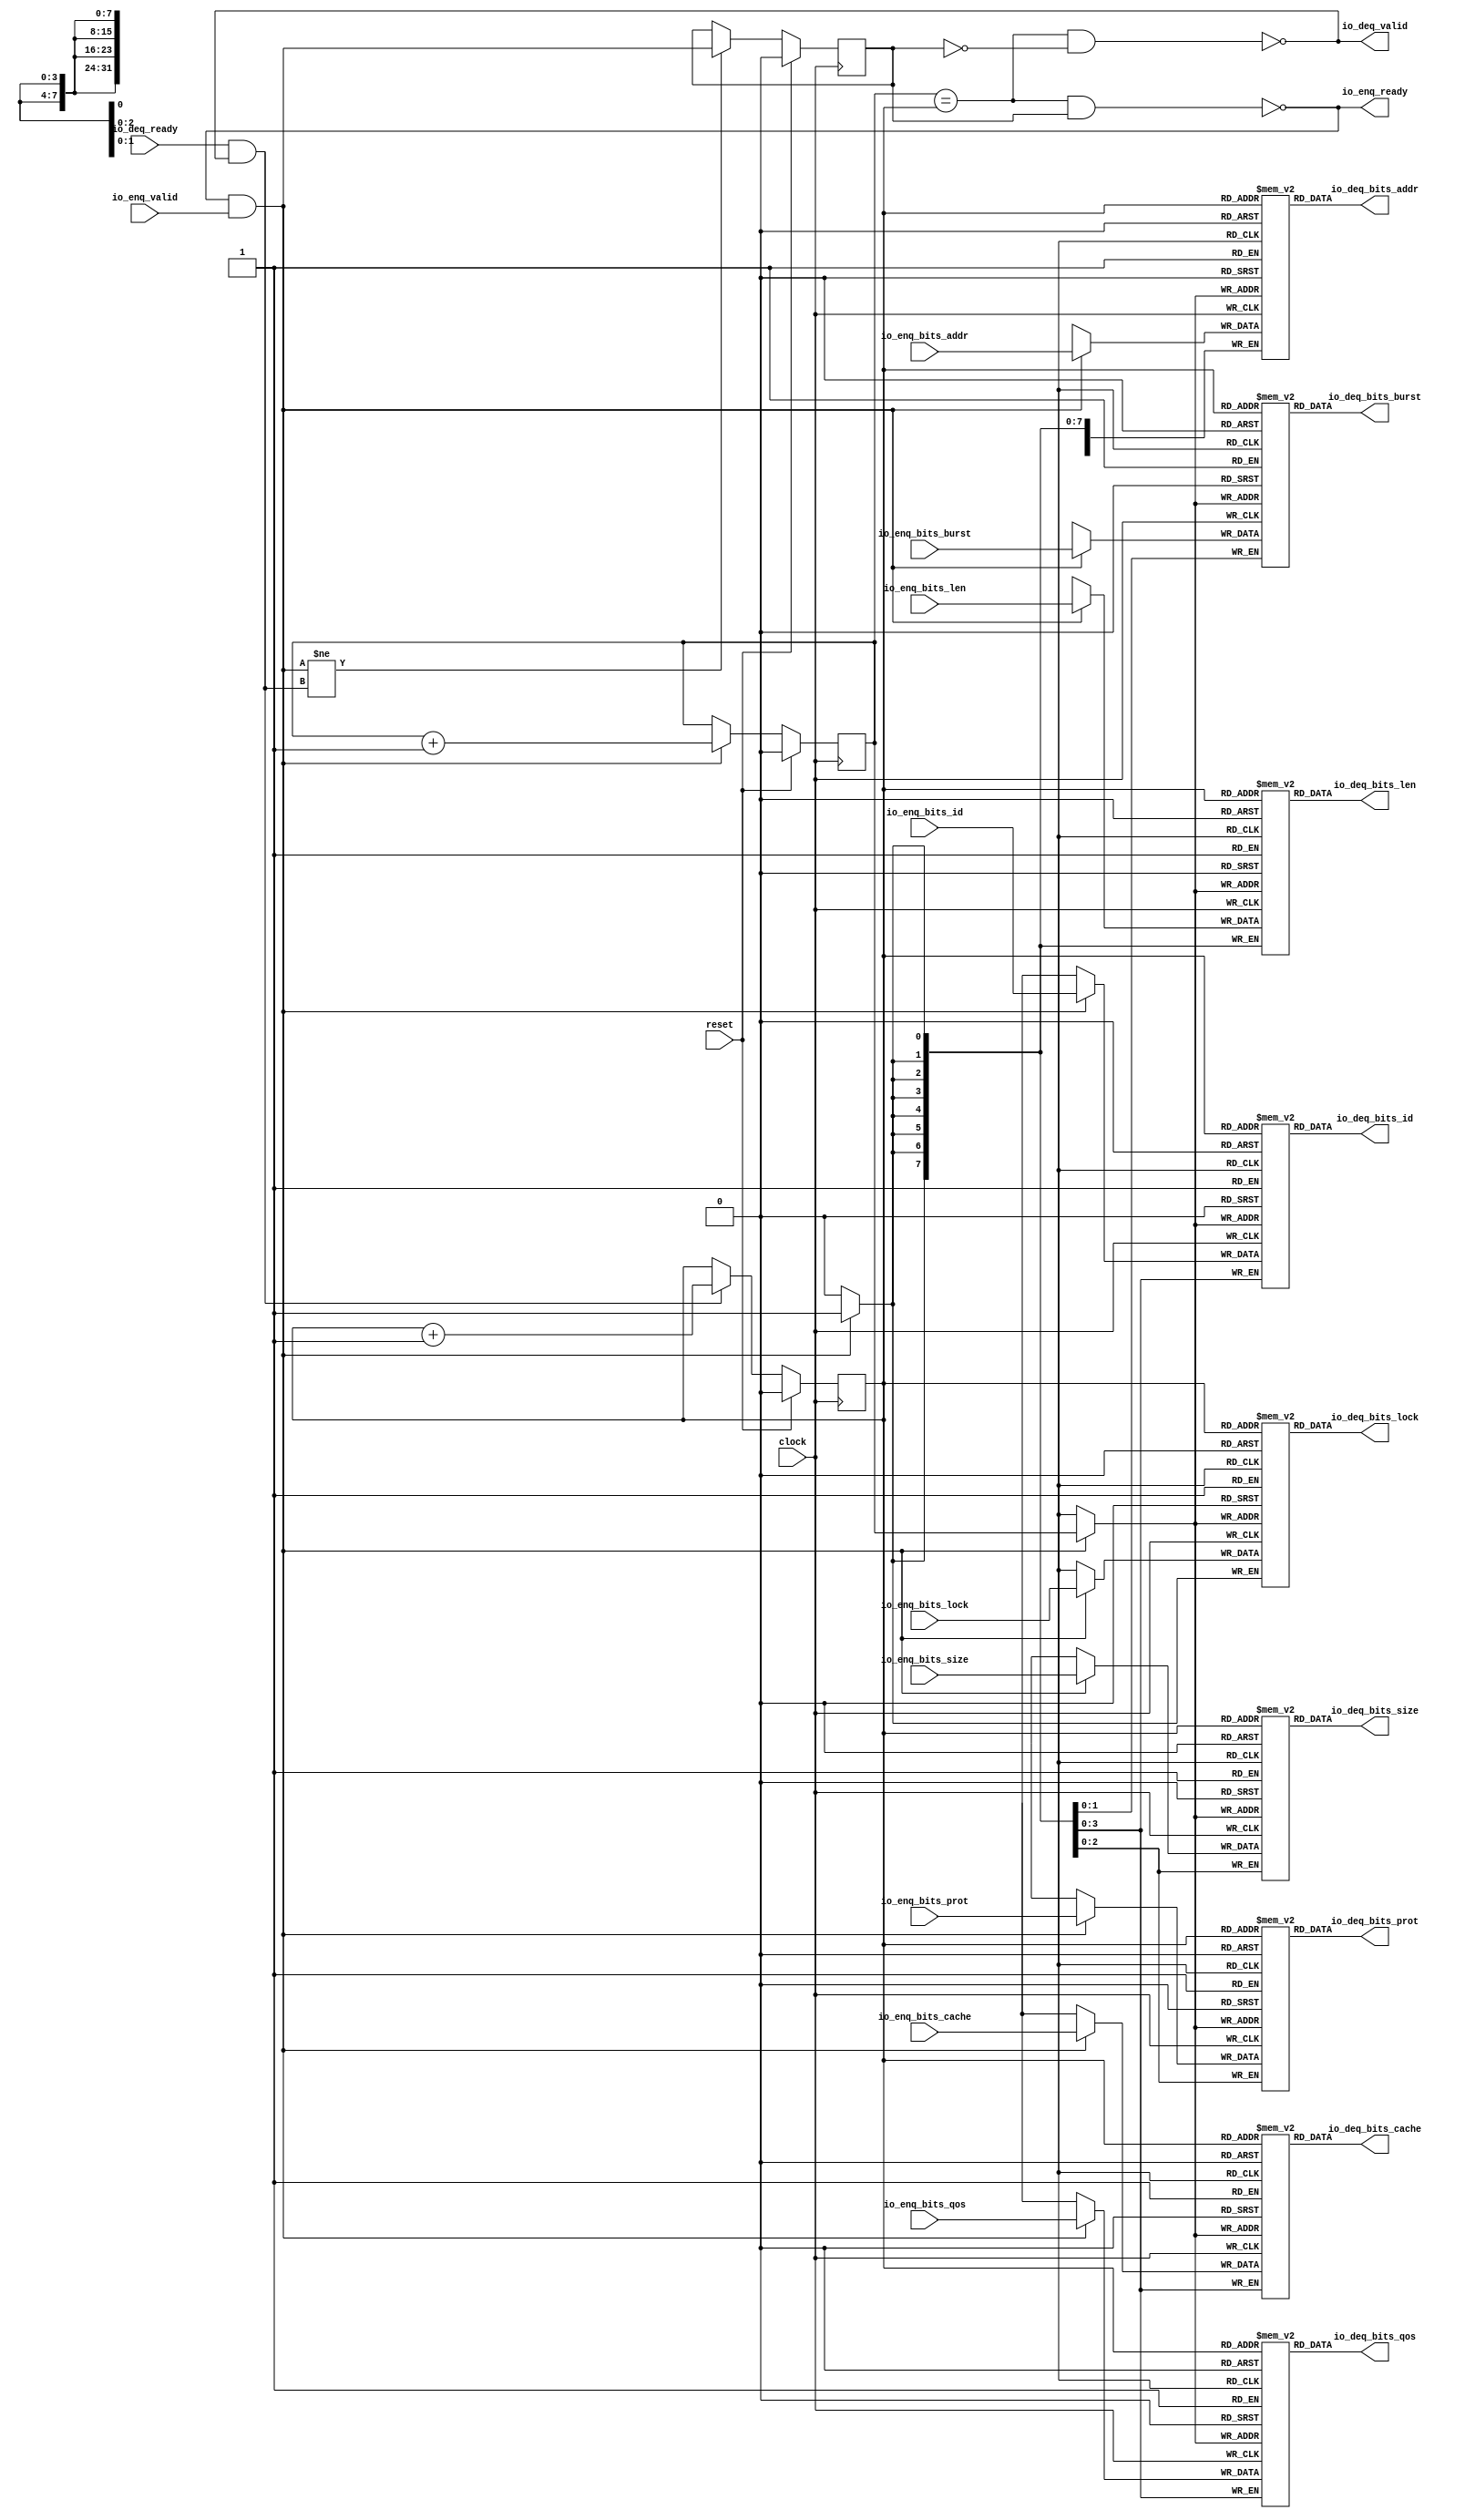
// Copyright (c) 2017, Microsemi Corporation
// All rights reserved.
//
// Redistribution and use in source and binary forms, with or without
// modification, are permitted provided that the following conditions are met:
//     * Redistributions of source code must retain the above copyright
//       notice, this list of conditions and the following disclaimer.
//     * Redistributions in binary form must reproduce the above copyright
//       notice, this list of conditions and the following disclaimer in the
//       documentation and/or other materials provided with the distribution.
//     * Neither the name of the <organization> nor the
//       names of its contributors may be used to endorse or promote products
//       derived from this software without specific prior written permission.
//
// THIS SOFTWARE IS PROVIDED BY THE COPYRIGHT HOLDERS AND CONTRIBUTORS "AS IS" AND
// ANY EXPRESS OR IMPLIED WARRANTIES, INCLUDING, BUT NOT LIMITED TO, THE IMPLIED
// WARRANTIES OF MERCHANTABILITY AND FITNESS FOR A PARTICULAR PURPOSE ARE
// DISCLAIMED. IN NO EVENT SHALL MICROSEMI CORPORATIONM BE LIABLE FOR ANY
// DIRECT, INDIRECT, INCIDENTAL, SPECIAL, EXEMPLARY, OR CONSEQUENTIAL DAMAGES
// (INCLUDING, BUT NOT LIMITED TO, PROCUREMENT OF SUBSTITUTE GOODS OR SERVICES;
// LOSS OF USE, DATA, OR PROFITS; OR BUSINESS INTERRUPTION) HOWEVER CAUSED AND
// ON ANY THEORY OF LIABILITY, WHETHER IN CONTRACT, STRICT LIABILITY, OR TORT
// (INCLUDING NEGLIGENCE OR OTHERWISE) ARISING IN ANY WAY OUT OF THE USE OF THIS
// SOFTWARE, EVEN IF ADVISED OF THE POSSIBILITY OF SUCH DAMAGE.
//
// APACHE LICENSE
// Copyright (c) 2017, Microsemi Corporation 
//
// Licensed under the Apache License, Version 2.0 (the "License");
// you may not use this file except in compliance with the License.
// You may obtain a copy of the License at
//
//    http://www.apache.org/licenses/LICENSE-2.0
//
// Unless required by applicable law or agreed to in writing, software
// distributed under the License is distributed on an "AS IS" BASIS,
// WITHOUT WARRANTIES OR CONDITIONS OF ANY KIND, either express or implied.
// See the License for the specific language governing permissions and
// limitations under the License.
//
// Description:
//
// SVN Revision Information:
// SVN $Revision: $
// SVN $Date: $
//
// Resolved SARs
// SAR      Date     Who   Description
//
// Notes:
//
// ****************************************************************************/
`ifndef RANDOMIZE_REG_INIT 
	 `define RANDOMIZE_REG_INIT 
 `endif
`ifndef RANDOMIZE_MEM_INIT 
	 `define RANDOMIZE_MEM_INIT 
 `endif
`ifndef RANDOMIZE 
	 `define RANDOMIZE 
`endif

`timescale 1ns/10ps
module MiV_AXI_MiV_AXI_0_MIV_RV32IMA_L1_AXI_QUEUE_28( // @[:freechips.rocketchip.system.MivRV32ImaL1AhbConfig.fir@113554.2]
  input         clock, // @[:freechips.rocketchip.system.MivRV32ImaL1AhbConfig.fir@113555.4]
  input         reset, // @[:freechips.rocketchip.system.MivRV32ImaL1AhbConfig.fir@113556.4]
  output        io_enq_ready, // @[:freechips.rocketchip.system.MivRV32ImaL1AhbConfig.fir@113557.4]
  input         io_enq_valid, // @[:freechips.rocketchip.system.MivRV32ImaL1AhbConfig.fir@113557.4]
  input  [3:0]  io_enq_bits_id, // @[:freechips.rocketchip.system.MivRV32ImaL1AhbConfig.fir@113557.4]
  input  [31:0] io_enq_bits_addr, // @[:freechips.rocketchip.system.MivRV32ImaL1AhbConfig.fir@113557.4]
  input  [7:0]  io_enq_bits_len, // @[:freechips.rocketchip.system.MivRV32ImaL1AhbConfig.fir@113557.4]
  input  [2:0]  io_enq_bits_size, // @[:freechips.rocketchip.system.MivRV32ImaL1AhbConfig.fir@113557.4]
  input  [1:0]  io_enq_bits_burst, // @[:freechips.rocketchip.system.MivRV32ImaL1AhbConfig.fir@113557.4]
  input         io_enq_bits_lock, // @[:freechips.rocketchip.system.MivRV32ImaL1AhbConfig.fir@113557.4]
  input  [3:0]  io_enq_bits_cache, // @[:freechips.rocketchip.system.MivRV32ImaL1AhbConfig.fir@113557.4]
  input  [2:0]  io_enq_bits_prot, // @[:freechips.rocketchip.system.MivRV32ImaL1AhbConfig.fir@113557.4]
  input  [3:0]  io_enq_bits_qos, // @[:freechips.rocketchip.system.MivRV32ImaL1AhbConfig.fir@113557.4]
  input         io_deq_ready, // @[:freechips.rocketchip.system.MivRV32ImaL1AhbConfig.fir@113557.4]
  output        io_deq_valid, // @[:freechips.rocketchip.system.MivRV32ImaL1AhbConfig.fir@113557.4]
  output [3:0]  io_deq_bits_id, // @[:freechips.rocketchip.system.MivRV32ImaL1AhbConfig.fir@113557.4]
  output [31:0] io_deq_bits_addr, // @[:freechips.rocketchip.system.MivRV32ImaL1AhbConfig.fir@113557.4]
  output [7:0]  io_deq_bits_len, // @[:freechips.rocketchip.system.MivRV32ImaL1AhbConfig.fir@113557.4]
  output [2:0]  io_deq_bits_size, // @[:freechips.rocketchip.system.MivRV32ImaL1AhbConfig.fir@113557.4]
  output [1:0]  io_deq_bits_burst, // @[:freechips.rocketchip.system.MivRV32ImaL1AhbConfig.fir@113557.4]
  output        io_deq_bits_lock, // @[:freechips.rocketchip.system.MivRV32ImaL1AhbConfig.fir@113557.4]
  output [3:0]  io_deq_bits_cache, // @[:freechips.rocketchip.system.MivRV32ImaL1AhbConfig.fir@113557.4]
  output [2:0]  io_deq_bits_prot, // @[:freechips.rocketchip.system.MivRV32ImaL1AhbConfig.fir@113557.4]
  output [3:0]  io_deq_bits_qos // @[:freechips.rocketchip.system.MivRV32ImaL1AhbConfig.fir@113557.4]
);
  reg [3:0] ram_id [0:1] /* synthesis syn_ramstyle = "registers" */; // @[Decoupled.scala 211:24:freechips.rocketchip.system.MivRV32ImaL1AhbConfig.fir@113559.4]
  reg [31:0] _RAND_0;
  wire [3:0] ram_id__T_50_data; // @[Decoupled.scala 211:24:freechips.rocketchip.system.MivRV32ImaL1AhbConfig.fir@113559.4]
  wire  ram_id__T_50_addr; // @[Decoupled.scala 211:24:freechips.rocketchip.system.MivRV32ImaL1AhbConfig.fir@113559.4]
  wire [3:0] ram_id__T_36_data; // @[Decoupled.scala 211:24:freechips.rocketchip.system.MivRV32ImaL1AhbConfig.fir@113559.4]
  wire  ram_id__T_36_addr; // @[Decoupled.scala 211:24:freechips.rocketchip.system.MivRV32ImaL1AhbConfig.fir@113559.4]
  wire  ram_id__T_36_mask; // @[Decoupled.scala 211:24:freechips.rocketchip.system.MivRV32ImaL1AhbConfig.fir@113559.4]
  wire  ram_id__T_36_en; // @[Decoupled.scala 211:24:freechips.rocketchip.system.MivRV32ImaL1AhbConfig.fir@113559.4]
  reg [31:0] ram_addr [0:1] /* synthesis syn_ramstyle = "registers" */; // @[Decoupled.scala 211:24:freechips.rocketchip.system.MivRV32ImaL1AhbConfig.fir@113559.4]
  reg [31:0] _RAND_1;
  wire [31:0] ram_addr__T_50_data; // @[Decoupled.scala 211:24:freechips.rocketchip.system.MivRV32ImaL1AhbConfig.fir@113559.4]
  wire  ram_addr__T_50_addr; // @[Decoupled.scala 211:24:freechips.rocketchip.system.MivRV32ImaL1AhbConfig.fir@113559.4]
  wire [31:0] ram_addr__T_36_data; // @[Decoupled.scala 211:24:freechips.rocketchip.system.MivRV32ImaL1AhbConfig.fir@113559.4]
  wire  ram_addr__T_36_addr; // @[Decoupled.scala 211:24:freechips.rocketchip.system.MivRV32ImaL1AhbConfig.fir@113559.4]
  wire  ram_addr__T_36_mask; // @[Decoupled.scala 211:24:freechips.rocketchip.system.MivRV32ImaL1AhbConfig.fir@113559.4]
  wire  ram_addr__T_36_en; // @[Decoupled.scala 211:24:freechips.rocketchip.system.MivRV32ImaL1AhbConfig.fir@113559.4]
  reg [7:0] ram_len [0:1] /* synthesis syn_ramstyle = "registers" */; // @[Decoupled.scala 211:24:freechips.rocketchip.system.MivRV32ImaL1AhbConfig.fir@113559.4]
  reg [31:0] _RAND_2;
  wire [7:0] ram_len__T_50_data; // @[Decoupled.scala 211:24:freechips.rocketchip.system.MivRV32ImaL1AhbConfig.fir@113559.4]
  wire  ram_len__T_50_addr; // @[Decoupled.scala 211:24:freechips.rocketchip.system.MivRV32ImaL1AhbConfig.fir@113559.4]
  wire [7:0] ram_len__T_36_data; // @[Decoupled.scala 211:24:freechips.rocketchip.system.MivRV32ImaL1AhbConfig.fir@113559.4]
  wire  ram_len__T_36_addr; // @[Decoupled.scala 211:24:freechips.rocketchip.system.MivRV32ImaL1AhbConfig.fir@113559.4]
  wire  ram_len__T_36_mask; // @[Decoupled.scala 211:24:freechips.rocketchip.system.MivRV32ImaL1AhbConfig.fir@113559.4]
  wire  ram_len__T_36_en; // @[Decoupled.scala 211:24:freechips.rocketchip.system.MivRV32ImaL1AhbConfig.fir@113559.4]
  reg [2:0] ram_size [0:1] /* synthesis syn_ramstyle = "registers" */; // @[Decoupled.scala 211:24:freechips.rocketchip.system.MivRV32ImaL1AhbConfig.fir@113559.4]
  reg [31:0] _RAND_3;
  wire [2:0] ram_size__T_50_data; // @[Decoupled.scala 211:24:freechips.rocketchip.system.MivRV32ImaL1AhbConfig.fir@113559.4]
  wire  ram_size__T_50_addr; // @[Decoupled.scala 211:24:freechips.rocketchip.system.MivRV32ImaL1AhbConfig.fir@113559.4]
  wire [2:0] ram_size__T_36_data; // @[Decoupled.scala 211:24:freechips.rocketchip.system.MivRV32ImaL1AhbConfig.fir@113559.4]
  wire  ram_size__T_36_addr; // @[Decoupled.scala 211:24:freechips.rocketchip.system.MivRV32ImaL1AhbConfig.fir@113559.4]
  wire  ram_size__T_36_mask; // @[Decoupled.scala 211:24:freechips.rocketchip.system.MivRV32ImaL1AhbConfig.fir@113559.4]
  wire  ram_size__T_36_en; // @[Decoupled.scala 211:24:freechips.rocketchip.system.MivRV32ImaL1AhbConfig.fir@113559.4]
  reg [1:0] ram_burst [0:1] /* synthesis syn_ramstyle = "registers" */; // @[Decoupled.scala 211:24:freechips.rocketchip.system.MivRV32ImaL1AhbConfig.fir@113559.4]
  reg [31:0] _RAND_4;
  wire [1:0] ram_burst__T_50_data; // @[Decoupled.scala 211:24:freechips.rocketchip.system.MivRV32ImaL1AhbConfig.fir@113559.4]
  wire  ram_burst__T_50_addr; // @[Decoupled.scala 211:24:freechips.rocketchip.system.MivRV32ImaL1AhbConfig.fir@113559.4]
  wire [1:0] ram_burst__T_36_data; // @[Decoupled.scala 211:24:freechips.rocketchip.system.MivRV32ImaL1AhbConfig.fir@113559.4]
  wire  ram_burst__T_36_addr; // @[Decoupled.scala 211:24:freechips.rocketchip.system.MivRV32ImaL1AhbConfig.fir@113559.4]
  wire  ram_burst__T_36_mask; // @[Decoupled.scala 211:24:freechips.rocketchip.system.MivRV32ImaL1AhbConfig.fir@113559.4]
  wire  ram_burst__T_36_en; // @[Decoupled.scala 211:24:freechips.rocketchip.system.MivRV32ImaL1AhbConfig.fir@113559.4]
  reg  ram_lock [0:1]; // @[Decoupled.scala 211:24:freechips.rocketchip.system.MivRV32ImaL1AhbConfig.fir@113559.4]
  reg [31:0] _RAND_5;
  wire  ram_lock__T_50_data; // @[Decoupled.scala 211:24:freechips.rocketchip.system.MivRV32ImaL1AhbConfig.fir@113559.4]
  wire  ram_lock__T_50_addr; // @[Decoupled.scala 211:24:freechips.rocketchip.system.MivRV32ImaL1AhbConfig.fir@113559.4]
  wire  ram_lock__T_36_data; // @[Decoupled.scala 211:24:freechips.rocketchip.system.MivRV32ImaL1AhbConfig.fir@113559.4]
  wire  ram_lock__T_36_addr; // @[Decoupled.scala 211:24:freechips.rocketchip.system.MivRV32ImaL1AhbConfig.fir@113559.4]
  wire  ram_lock__T_36_mask; // @[Decoupled.scala 211:24:freechips.rocketchip.system.MivRV32ImaL1AhbConfig.fir@113559.4]
  wire  ram_lock__T_36_en; // @[Decoupled.scala 211:24:freechips.rocketchip.system.MivRV32ImaL1AhbConfig.fir@113559.4]
  reg [3:0] ram_cache [0:1] /* synthesis syn_ramstyle = "registers" */; // @[Decoupled.scala 211:24:freechips.rocketchip.system.MivRV32ImaL1AhbConfig.fir@113559.4]
  reg [31:0] _RAND_6;
  wire [3:0] ram_cache__T_50_data; // @[Decoupled.scala 211:24:freechips.rocketchip.system.MivRV32ImaL1AhbConfig.fir@113559.4]
  wire  ram_cache__T_50_addr; // @[Decoupled.scala 211:24:freechips.rocketchip.system.MivRV32ImaL1AhbConfig.fir@113559.4]
  wire [3:0] ram_cache__T_36_data; // @[Decoupled.scala 211:24:freechips.rocketchip.system.MivRV32ImaL1AhbConfig.fir@113559.4]
  wire  ram_cache__T_36_addr; // @[Decoupled.scala 211:24:freechips.rocketchip.system.MivRV32ImaL1AhbConfig.fir@113559.4]
  wire  ram_cache__T_36_mask; // @[Decoupled.scala 211:24:freechips.rocketchip.system.MivRV32ImaL1AhbConfig.fir@113559.4]
  wire  ram_cache__T_36_en; // @[Decoupled.scala 211:24:freechips.rocketchip.system.MivRV32ImaL1AhbConfig.fir@113559.4]
  reg [2:0] ram_prot [0:1] /* synthesis syn_ramstyle = "registers" */; // @[Decoupled.scala 211:24:freechips.rocketchip.system.MivRV32ImaL1AhbConfig.fir@113559.4]
  reg [31:0] _RAND_7;
  wire [2:0] ram_prot__T_50_data; // @[Decoupled.scala 211:24:freechips.rocketchip.system.MivRV32ImaL1AhbConfig.fir@113559.4]
  wire  ram_prot__T_50_addr; // @[Decoupled.scala 211:24:freechips.rocketchip.system.MivRV32ImaL1AhbConfig.fir@113559.4]
  wire [2:0] ram_prot__T_36_data; // @[Decoupled.scala 211:24:freechips.rocketchip.system.MivRV32ImaL1AhbConfig.fir@113559.4]
  wire  ram_prot__T_36_addr; // @[Decoupled.scala 211:24:freechips.rocketchip.system.MivRV32ImaL1AhbConfig.fir@113559.4]
  wire  ram_prot__T_36_mask; // @[Decoupled.scala 211:24:freechips.rocketchip.system.MivRV32ImaL1AhbConfig.fir@113559.4]
  wire  ram_prot__T_36_en; // @[Decoupled.scala 211:24:freechips.rocketchip.system.MivRV32ImaL1AhbConfig.fir@113559.4]
  reg [3:0] ram_qos [0:1] /* synthesis syn_ramstyle = "registers" */; // @[Decoupled.scala 211:24:freechips.rocketchip.system.MivRV32ImaL1AhbConfig.fir@113559.4]
  reg [31:0] _RAND_8;
  wire [3:0] ram_qos__T_50_data; // @[Decoupled.scala 211:24:freechips.rocketchip.system.MivRV32ImaL1AhbConfig.fir@113559.4]
  wire  ram_qos__T_50_addr; // @[Decoupled.scala 211:24:freechips.rocketchip.system.MivRV32ImaL1AhbConfig.fir@113559.4]
  wire [3:0] ram_qos__T_36_data; // @[Decoupled.scala 211:24:freechips.rocketchip.system.MivRV32ImaL1AhbConfig.fir@113559.4]
  wire  ram_qos__T_36_addr; // @[Decoupled.scala 211:24:freechips.rocketchip.system.MivRV32ImaL1AhbConfig.fir@113559.4]
  wire  ram_qos__T_36_mask; // @[Decoupled.scala 211:24:freechips.rocketchip.system.MivRV32ImaL1AhbConfig.fir@113559.4]
  wire  ram_qos__T_36_en; // @[Decoupled.scala 211:24:freechips.rocketchip.system.MivRV32ImaL1AhbConfig.fir@113559.4]
  reg  value; // @[Counter.scala 26:33:freechips.rocketchip.system.MivRV32ImaL1AhbConfig.fir@113560.4]
  reg [31:0] _RAND_9;
  reg  value_1; // @[Counter.scala 26:33:freechips.rocketchip.system.MivRV32ImaL1AhbConfig.fir@113561.4]
  reg [31:0] _RAND_10;
  reg  maybe_full; // @[Decoupled.scala 214:35:freechips.rocketchip.system.MivRV32ImaL1AhbConfig.fir@113562.4]
  reg [31:0] _RAND_11;
  wire  _T_28; // @[Decoupled.scala 216:41:freechips.rocketchip.system.MivRV32ImaL1AhbConfig.fir@113563.4]
  wire  _T_30; // @[Decoupled.scala 217:36:freechips.rocketchip.system.MivRV32ImaL1AhbConfig.fir@113564.4]
  wire  empty; // @[Decoupled.scala 217:33:freechips.rocketchip.system.MivRV32ImaL1AhbConfig.fir@113565.4]
  wire  _T_31; // @[Decoupled.scala 218:32:freechips.rocketchip.system.MivRV32ImaL1AhbConfig.fir@113566.4]
  wire  do_enq; // @[Decoupled.scala 30:37:freechips.rocketchip.system.MivRV32ImaL1AhbConfig.fir@113567.4]
  wire  do_deq; // @[Decoupled.scala 30:37:freechips.rocketchip.system.MivRV32ImaL1AhbConfig.fir@113570.4]
  wire [1:0] _T_39; // @[Counter.scala 35:22:freechips.rocketchip.system.MivRV32ImaL1AhbConfig.fir@113585.6]
  wire  _T_40; // @[Counter.scala 35:22:freechips.rocketchip.system.MivRV32ImaL1AhbConfig.fir@113586.6]
  wire  _GEN_12; // @[Decoupled.scala 222:17:freechips.rocketchip.system.MivRV32ImaL1AhbConfig.fir@113573.4]
  wire [1:0] _T_43; // @[Counter.scala 35:22:freechips.rocketchip.system.MivRV32ImaL1AhbConfig.fir@113591.6]
  wire  _T_44; // @[Counter.scala 35:22:freechips.rocketchip.system.MivRV32ImaL1AhbConfig.fir@113592.6]
  wire  _GEN_13; // @[Decoupled.scala 226:17:freechips.rocketchip.system.MivRV32ImaL1AhbConfig.fir@113589.4]
  wire  _T_45; // @[Decoupled.scala 229:16:freechips.rocketchip.system.MivRV32ImaL1AhbConfig.fir@113595.4]
  wire  _GEN_14; // @[Decoupled.scala 229:27:freechips.rocketchip.system.MivRV32ImaL1AhbConfig.fir@113596.4]
  wire  _T_47; // @[Decoupled.scala 233:19:freechips.rocketchip.system.MivRV32ImaL1AhbConfig.fir@113599.4]
  wire  _T_49; // @[Decoupled.scala 234:19:freechips.rocketchip.system.MivRV32ImaL1AhbConfig.fir@113601.4]
  assign ram_id__T_50_addr = value_1;
  assign ram_id__T_50_data = ram_id[ram_id__T_50_addr]; // @[Decoupled.scala 211:24:freechips.rocketchip.system.MivRV32ImaL1AhbConfig.fir@113559.4]
  assign ram_id__T_36_data = io_enq_bits_id;
  assign ram_id__T_36_addr = value;
  assign ram_id__T_36_mask = do_enq;
  assign ram_id__T_36_en = do_enq;
  assign ram_addr__T_50_addr = value_1;
  assign ram_addr__T_50_data = ram_addr[ram_addr__T_50_addr]; // @[Decoupled.scala 211:24:freechips.rocketchip.system.MivRV32ImaL1AhbConfig.fir@113559.4]
  assign ram_addr__T_36_data = io_enq_bits_addr;
  assign ram_addr__T_36_addr = value;
  assign ram_addr__T_36_mask = do_enq;
  assign ram_addr__T_36_en = do_enq;
  assign ram_len__T_50_addr = value_1;
  assign ram_len__T_50_data = ram_len[ram_len__T_50_addr]; // @[Decoupled.scala 211:24:freechips.rocketchip.system.MivRV32ImaL1AhbConfig.fir@113559.4]
  assign ram_len__T_36_data = io_enq_bits_len;
  assign ram_len__T_36_addr = value;
  assign ram_len__T_36_mask = do_enq;
  assign ram_len__T_36_en = do_enq;
  assign ram_size__T_50_addr = value_1;
  assign ram_size__T_50_data = ram_size[ram_size__T_50_addr]; // @[Decoupled.scala 211:24:freechips.rocketchip.system.MivRV32ImaL1AhbConfig.fir@113559.4]
  assign ram_size__T_36_data = io_enq_bits_size;
  assign ram_size__T_36_addr = value;
  assign ram_size__T_36_mask = do_enq;
  assign ram_size__T_36_en = do_enq;
  assign ram_burst__T_50_addr = value_1;
  assign ram_burst__T_50_data = ram_burst[ram_burst__T_50_addr]; // @[Decoupled.scala 211:24:freechips.rocketchip.system.MivRV32ImaL1AhbConfig.fir@113559.4]
  assign ram_burst__T_36_data = io_enq_bits_burst;
  assign ram_burst__T_36_addr = value;
  assign ram_burst__T_36_mask = do_enq;
  assign ram_burst__T_36_en = do_enq;
  assign ram_lock__T_50_addr = value_1;
  assign ram_lock__T_50_data = ram_lock[ram_lock__T_50_addr]; // @[Decoupled.scala 211:24:freechips.rocketchip.system.MivRV32ImaL1AhbConfig.fir@113559.4]
  assign ram_lock__T_36_data = io_enq_bits_lock;
  assign ram_lock__T_36_addr = value;
  assign ram_lock__T_36_mask = do_enq;
  assign ram_lock__T_36_en = do_enq;
  assign ram_cache__T_50_addr = value_1;
  assign ram_cache__T_50_data = ram_cache[ram_cache__T_50_addr]; // @[Decoupled.scala 211:24:freechips.rocketchip.system.MivRV32ImaL1AhbConfig.fir@113559.4]
  assign ram_cache__T_36_data = io_enq_bits_cache;
  assign ram_cache__T_36_addr = value;
  assign ram_cache__T_36_mask = do_enq;
  assign ram_cache__T_36_en = do_enq;
  assign ram_prot__T_50_addr = value_1;
  assign ram_prot__T_50_data = ram_prot[ram_prot__T_50_addr]; // @[Decoupled.scala 211:24:freechips.rocketchip.system.MivRV32ImaL1AhbConfig.fir@113559.4]
  assign ram_prot__T_36_data = io_enq_bits_prot;
  assign ram_prot__T_36_addr = value;
  assign ram_prot__T_36_mask = do_enq;
  assign ram_prot__T_36_en = do_enq;
  assign ram_qos__T_50_addr = value_1;
  assign ram_qos__T_50_data = ram_qos[ram_qos__T_50_addr]; // @[Decoupled.scala 211:24:freechips.rocketchip.system.MivRV32ImaL1AhbConfig.fir@113559.4]
  assign ram_qos__T_36_data = io_enq_bits_qos;
  assign ram_qos__T_36_addr = value;
  assign ram_qos__T_36_mask = do_enq;
  assign ram_qos__T_36_en = do_enq;
  assign _T_28 = value == value_1; // @[Decoupled.scala 216:41:freechips.rocketchip.system.MivRV32ImaL1AhbConfig.fir@113563.4]
  assign _T_30 = maybe_full == 1'h0; // @[Decoupled.scala 217:36:freechips.rocketchip.system.MivRV32ImaL1AhbConfig.fir@113564.4]
  assign empty = _T_28 & _T_30; // @[Decoupled.scala 217:33:freechips.rocketchip.system.MivRV32ImaL1AhbConfig.fir@113565.4]
  assign _T_31 = _T_28 & maybe_full; // @[Decoupled.scala 218:32:freechips.rocketchip.system.MivRV32ImaL1AhbConfig.fir@113566.4]
  assign do_enq = io_enq_ready & io_enq_valid; // @[Decoupled.scala 30:37:freechips.rocketchip.system.MivRV32ImaL1AhbConfig.fir@113567.4]
  assign do_deq = io_deq_ready & io_deq_valid; // @[Decoupled.scala 30:37:freechips.rocketchip.system.MivRV32ImaL1AhbConfig.fir@113570.4]
  assign _T_39 = value + 1'h1; // @[Counter.scala 35:22:freechips.rocketchip.system.MivRV32ImaL1AhbConfig.fir@113585.6]
  assign _T_40 = _T_39[0:0]; // @[Counter.scala 35:22:freechips.rocketchip.system.MivRV32ImaL1AhbConfig.fir@113586.6]
  assign _GEN_12 = do_enq ? _T_40 : value; // @[Decoupled.scala 222:17:freechips.rocketchip.system.MivRV32ImaL1AhbConfig.fir@113573.4]
  assign _T_43 = value_1 + 1'h1; // @[Counter.scala 35:22:freechips.rocketchip.system.MivRV32ImaL1AhbConfig.fir@113591.6]
  assign _T_44 = _T_43[0:0]; // @[Counter.scala 35:22:freechips.rocketchip.system.MivRV32ImaL1AhbConfig.fir@113592.6]
  assign _GEN_13 = do_deq ? _T_44 : value_1; // @[Decoupled.scala 226:17:freechips.rocketchip.system.MivRV32ImaL1AhbConfig.fir@113589.4]
  assign _T_45 = do_enq != do_deq; // @[Decoupled.scala 229:16:freechips.rocketchip.system.MivRV32ImaL1AhbConfig.fir@113595.4]
  assign _GEN_14 = _T_45 ? do_enq : maybe_full; // @[Decoupled.scala 229:27:freechips.rocketchip.system.MivRV32ImaL1AhbConfig.fir@113596.4]
  assign _T_47 = empty == 1'h0; // @[Decoupled.scala 233:19:freechips.rocketchip.system.MivRV32ImaL1AhbConfig.fir@113599.4]
  assign _T_49 = _T_31 == 1'h0; // @[Decoupled.scala 234:19:freechips.rocketchip.system.MivRV32ImaL1AhbConfig.fir@113601.4]
  assign io_enq_ready = _T_49;
  assign io_deq_valid = _T_47;
  assign io_deq_bits_id = ram_id__T_50_data;
  assign io_deq_bits_addr = ram_addr__T_50_data;
  assign io_deq_bits_len = ram_len__T_50_data;
  assign io_deq_bits_size = ram_size__T_50_data;
  assign io_deq_bits_burst = ram_burst__T_50_data;
  assign io_deq_bits_lock = ram_lock__T_50_data;
  assign io_deq_bits_cache = ram_cache__T_50_data;
  assign io_deq_bits_prot = ram_prot__T_50_data;
  assign io_deq_bits_qos = ram_qos__T_50_data;
`ifdef RANDOMIZE
  integer initvar;
  initial begin
    `ifndef verilator
      #0.002 begin end
    `endif
  _RAND_0 = {1{32'b0}};
  `ifdef RANDOMIZE_MEM_INIT
  for (initvar = 0; initvar < 2; initvar = initvar+1)
    ram_id[initvar] = _RAND_0[3:0];
  `endif // RANDOMIZE_MEM_INIT
  _RAND_1 = {1{32'b0}};
  `ifdef RANDOMIZE_MEM_INIT
  for (initvar = 0; initvar < 2; initvar = initvar+1)
    ram_addr[initvar] = _RAND_1[31:0];
  `endif // RANDOMIZE_MEM_INIT
  _RAND_2 = {1{32'b0}};
  `ifdef RANDOMIZE_MEM_INIT
  for (initvar = 0; initvar < 2; initvar = initvar+1)
    ram_len[initvar] = _RAND_2[7:0];
  `endif // RANDOMIZE_MEM_INIT
  _RAND_3 = {1{32'b0}};
  `ifdef RANDOMIZE_MEM_INIT
  for (initvar = 0; initvar < 2; initvar = initvar+1)
    ram_size[initvar] = _RAND_3[2:0];
  `endif // RANDOMIZE_MEM_INIT
  _RAND_4 = {1{32'b0}};
  `ifdef RANDOMIZE_MEM_INIT
  for (initvar = 0; initvar < 2; initvar = initvar+1)
    ram_burst[initvar] = _RAND_4[1:0];
  `endif // RANDOMIZE_MEM_INIT
  _RAND_5 = {1{32'b0}};
  `ifdef RANDOMIZE_MEM_INIT
  for (initvar = 0; initvar < 2; initvar = initvar+1)
    ram_lock[initvar] = _RAND_5[0:0];
  `endif // RANDOMIZE_MEM_INIT
  _RAND_6 = {1{32'b0}};
  `ifdef RANDOMIZE_MEM_INIT
  for (initvar = 0; initvar < 2; initvar = initvar+1)
    ram_cache[initvar] = _RAND_6[3:0];
  `endif // RANDOMIZE_MEM_INIT
  _RAND_7 = {1{32'b0}};
  `ifdef RANDOMIZE_MEM_INIT
  for (initvar = 0; initvar < 2; initvar = initvar+1)
    ram_prot[initvar] = _RAND_7[2:0];
  `endif // RANDOMIZE_MEM_INIT
  _RAND_8 = {1{32'b0}};
  `ifdef RANDOMIZE_MEM_INIT
  for (initvar = 0; initvar < 2; initvar = initvar+1)
    ram_qos[initvar] = _RAND_8[3:0];
  `endif // RANDOMIZE_MEM_INIT
  `ifdef RANDOMIZE_REG_INIT
  _RAND_9 = {1{32'b0}};
  value = _RAND_9[0:0];
  `endif // RANDOMIZE_REG_INIT
  `ifdef RANDOMIZE_REG_INIT
  _RAND_10 = {1{32'b0}};
  value_1 = _RAND_10[0:0];
  `endif // RANDOMIZE_REG_INIT
  `ifdef RANDOMIZE_REG_INIT
  _RAND_11 = {1{32'b0}};
  maybe_full = _RAND_11[0:0];
  `endif // RANDOMIZE_REG_INIT
  end
`endif // RANDOMIZE
  always @(posedge clock) begin
    if(ram_id__T_36_en & ram_id__T_36_mask) begin
      ram_id[ram_id__T_36_addr] <= ram_id__T_36_data; // @[Decoupled.scala 211:24:freechips.rocketchip.system.MivRV32ImaL1AhbConfig.fir@113559.4]
    end
    if(ram_addr__T_36_en & ram_addr__T_36_mask) begin
      ram_addr[ram_addr__T_36_addr] <= ram_addr__T_36_data; // @[Decoupled.scala 211:24:freechips.rocketchip.system.MivRV32ImaL1AhbConfig.fir@113559.4]
    end
    if(ram_len__T_36_en & ram_len__T_36_mask) begin
      ram_len[ram_len__T_36_addr] <= ram_len__T_36_data; // @[Decoupled.scala 211:24:freechips.rocketchip.system.MivRV32ImaL1AhbConfig.fir@113559.4]
    end
    if(ram_size__T_36_en & ram_size__T_36_mask) begin
      ram_size[ram_size__T_36_addr] <= ram_size__T_36_data; // @[Decoupled.scala 211:24:freechips.rocketchip.system.MivRV32ImaL1AhbConfig.fir@113559.4]
    end
    if(ram_burst__T_36_en & ram_burst__T_36_mask) begin
      ram_burst[ram_burst__T_36_addr] <= ram_burst__T_36_data; // @[Decoupled.scala 211:24:freechips.rocketchip.system.MivRV32ImaL1AhbConfig.fir@113559.4]
    end
    if(ram_lock__T_36_en & ram_lock__T_36_mask) begin
      ram_lock[ram_lock__T_36_addr] <= ram_lock__T_36_data; // @[Decoupled.scala 211:24:freechips.rocketchip.system.MivRV32ImaL1AhbConfig.fir@113559.4]
    end
    if(ram_cache__T_36_en & ram_cache__T_36_mask) begin
      ram_cache[ram_cache__T_36_addr] <= ram_cache__T_36_data; // @[Decoupled.scala 211:24:freechips.rocketchip.system.MivRV32ImaL1AhbConfig.fir@113559.4]
    end
    if(ram_prot__T_36_en & ram_prot__T_36_mask) begin
      ram_prot[ram_prot__T_36_addr] <= ram_prot__T_36_data; // @[Decoupled.scala 211:24:freechips.rocketchip.system.MivRV32ImaL1AhbConfig.fir@113559.4]
    end
    if(ram_qos__T_36_en & ram_qos__T_36_mask) begin
      ram_qos[ram_qos__T_36_addr] <= ram_qos__T_36_data; // @[Decoupled.scala 211:24:freechips.rocketchip.system.MivRV32ImaL1AhbConfig.fir@113559.4]
    end
    if (reset) begin
      value <= 1'h0;
    end else begin
      if (do_enq) begin
        value <= _T_40;
      end
    end
    if (reset) begin
      value_1 <= 1'h0;
    end else begin
      if (do_deq) begin
        value_1 <= _T_44;
      end
    end
    if (reset) begin
      maybe_full <= 1'h0;
    end else begin
      if (_T_45) begin
        maybe_full <= do_enq;
      end
    end
  end
endmodule